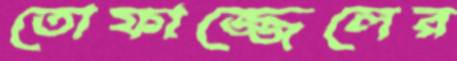
তোফাজ্জেলের